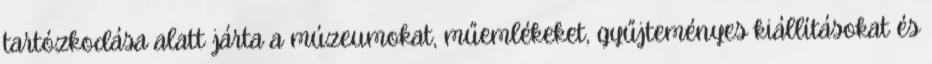
tartózkodása alatt járta a múzeumokat, műemlékeket, gyűjteményes kiállításokat és